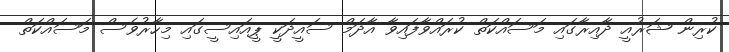
ކުރިން ޝަރުއީ ދާއިރާގައި މަސައްކަތް ކުރައްވާފައިވާ އާދަމް ސައީދަކީ ޕީއައިސީގައި މިހާރުވެސް މަސައްކަތް